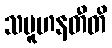
သမူဟနတီတိ